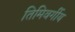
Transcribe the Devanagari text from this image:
तिमिवर्गीय